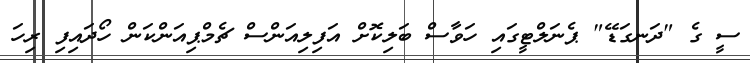
ސީ ގެ "ދަނގަޑޭ" ޕެނަލްޓީގައި ހަވާސް ބަލިކޮށް އަފިލިއަންސް ޗެމްޕިއަންކަން ހޯދައިފި ރިހަ